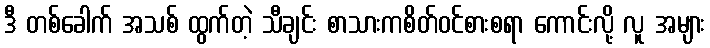
ဒီ တစ်ခေါက် အသစ် ထွက်တဲ့ သီချင်း စာသားကစိတ်ဝင်စားစရာ ကောင်းလို့ လူ အများ